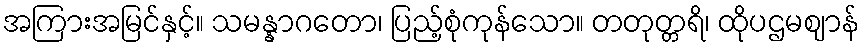
အကြားအမြင်နှင့်။ သမန္နာဂတော၊ ပြည့်စုံကုန်သော။ တတုတ္တရိ၊ ထိုပဌမဈာန်